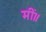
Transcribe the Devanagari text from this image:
मीं॥